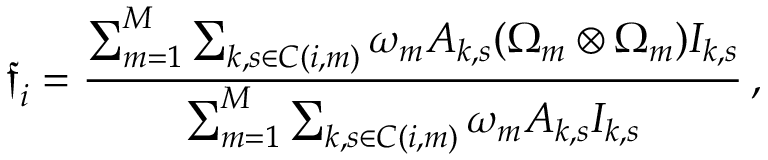
\boldsymbol { \mathfrak { f } } _ { i } = \frac { \sum _ { m = 1 } ^ { M } \sum _ { k , s \in C ( i , m ) } \omega _ { m } A _ { k , s } ( \boldsymbol { \Omega } _ { m } \otimes \boldsymbol { \Omega } _ { m } ) I _ { k , s } } { \sum _ { m = 1 } ^ { M } \sum _ { k , s \in C ( i , m ) } \omega _ { m } A _ { k , s } I _ { k , s } } \, ,